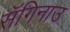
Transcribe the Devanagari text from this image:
सॅगिनाउ